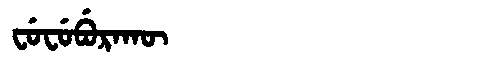
Manchu: ᠸᡠᠸᡠᠪᡠᡵᠠᡴᡡ
Romanization: FUFUBURAKŪ